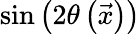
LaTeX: \sin{\left(2\theta\left(\vec{x}\right)\right)}